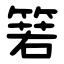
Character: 箬